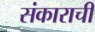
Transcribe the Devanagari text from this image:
संकाराची